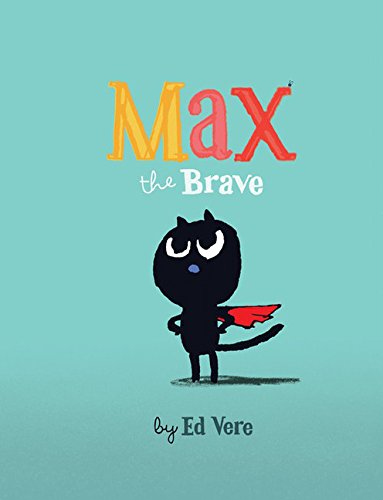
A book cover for Max the Brave; Ed Vere; Children's Books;